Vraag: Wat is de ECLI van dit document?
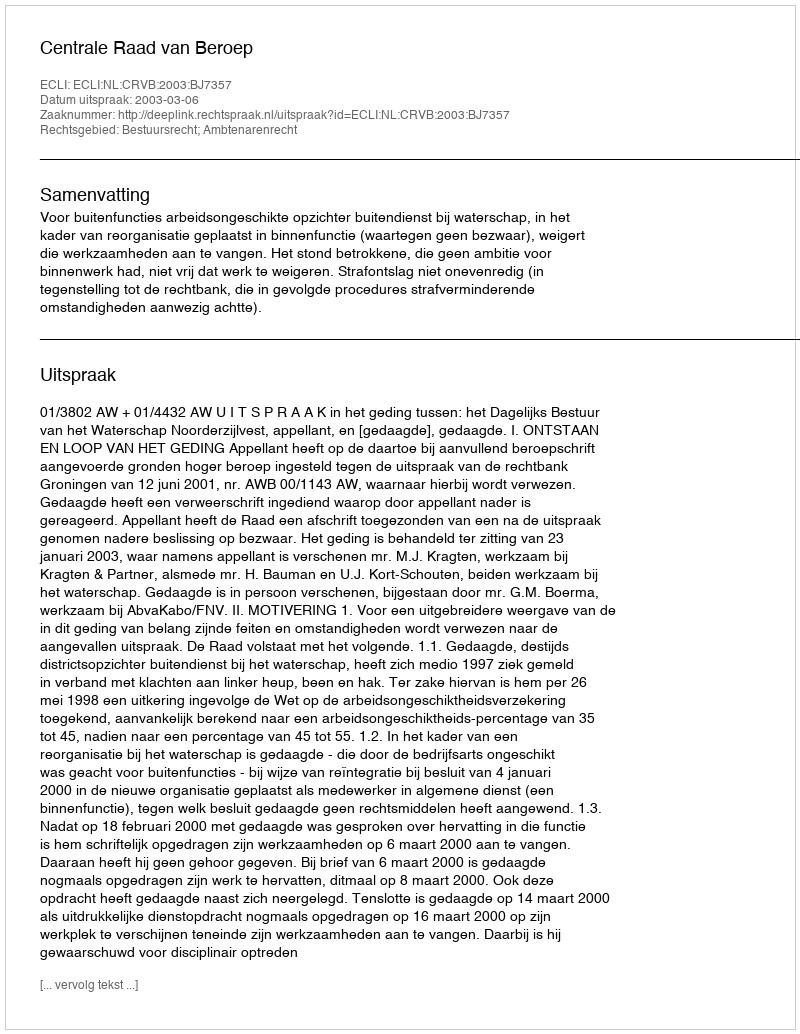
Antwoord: ECLI:NL:CRVB:2003:BJ7357